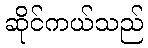
ဆိုင်ကယ်သည်